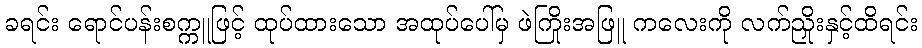
ခရင်း ရောင်ပန်းစက္ကူဖြင့် ထုပ်ထားသော အထုပ်ပေါ်မှ ဖဲကြိုးအဖြူ ကလေးကို လက်ညှိုးနှင့်ထိရင်း